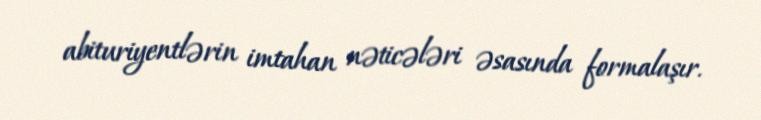
abituriyentlərin imtahan nəticələri əsasında formalaşır.